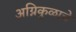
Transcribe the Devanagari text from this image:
अग्निकुळाचे